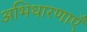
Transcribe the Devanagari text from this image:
अभिधारणाएँ